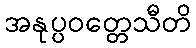
အနုပ္ပဝတ္တေသီတိ